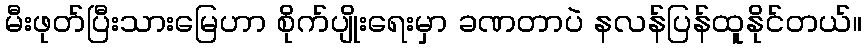
မီးဖုတ်ပြီးသားမြေဟာ စိုက်ပျိုးရေးမှာ ခဏတာပဲ နလန်ပြန်ထူနိုင်တယ်။